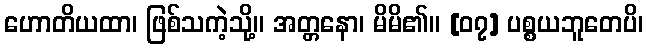
ဟောတိယထာ၊ ဖြစ်သကဲ့သို့။ အတ္တနော၊ မိမိ၏။ [၀၇] ပစ္စယဘူတေပိ၊